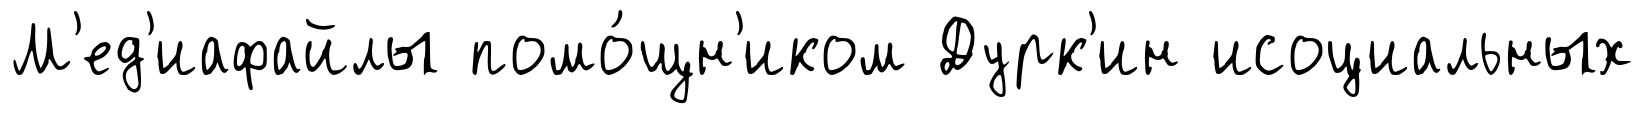
М'ед'иафайлы помо́щн'иком Дурк'ин исоциальных